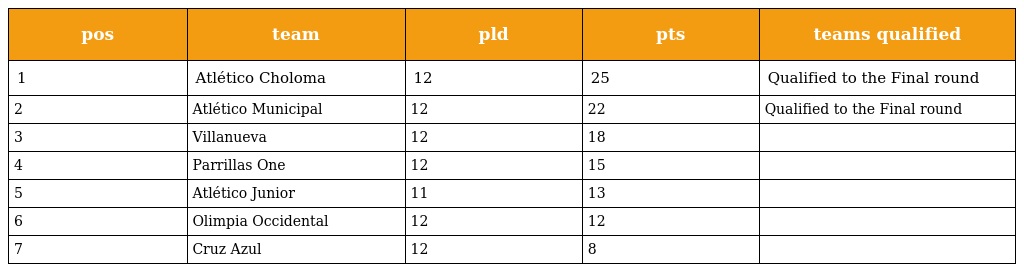
| pos | team | pld | pts | teams qualified |
 | --- | --- | --- | --- | --- |
 | 1 | Atlético Choloma | 12 | 25 | Qualified to the Final round |
 | 2 | Atlético Municipal | 12 | 22 | Qualified to the Final round |
 | 3 | Villanueva | 12 | 18 |  |
 | 4 | Parrillas One | 12 | 15 |  |
 | 5 | Atlético Junior | 11 | 13 |  |
 | 6 | Olimpia Occidental | 12 | 12 |  |
 | 7 | Cruz Azul | 12 | 8 |  |